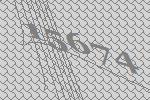
15674